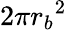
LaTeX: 2\pi{r_{b}}^{2}